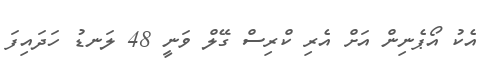
އެކު އޯޕެނިން އަށް އެރި ކްރިސް ގޭލް ވަނީ 48 ލަނޑު ހަދައިފަ